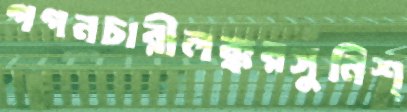
গগনচারীলক্করসুনিশ্